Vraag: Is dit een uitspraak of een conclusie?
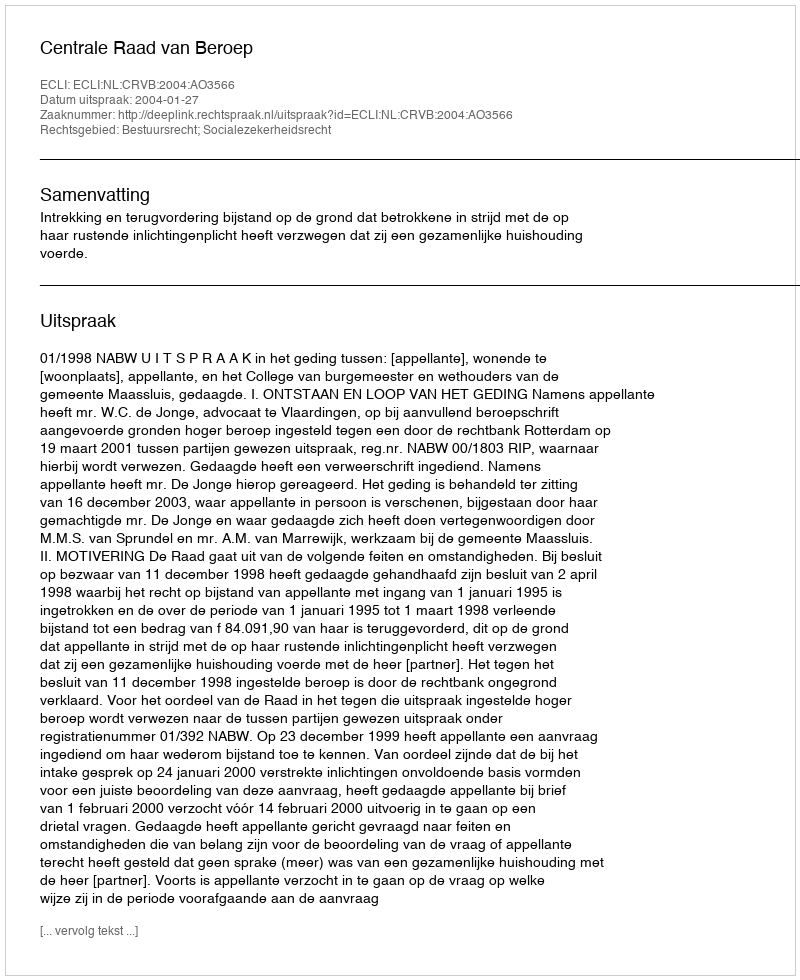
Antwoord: Uitspraak